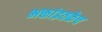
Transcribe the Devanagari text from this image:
भक्तांइतकेच